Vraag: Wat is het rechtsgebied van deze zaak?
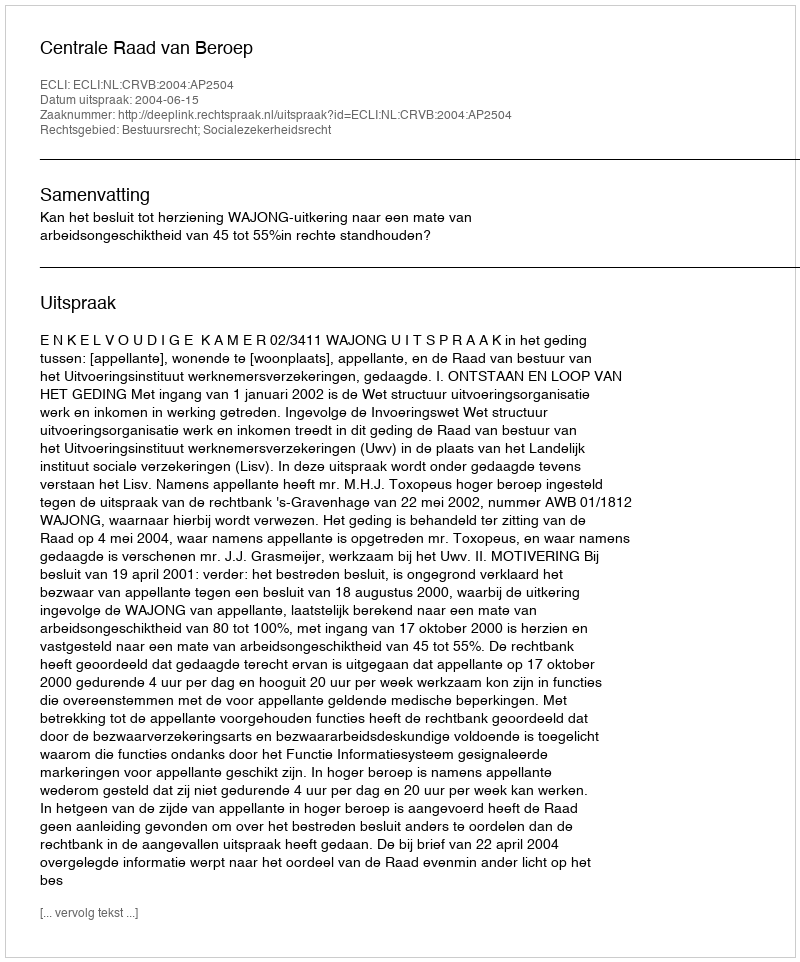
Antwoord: Bestuursrecht; Socialezekerheidsrecht